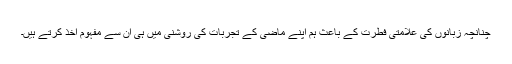
چنانچہ زبانوں کی علامتی فطرت کے باعث ہم اپنے ماضی کے تجربات کی روشنی میں ہی ان سے مفہوم اخذ کرتے ہیں۔